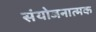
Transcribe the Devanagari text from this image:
संयोजनात्मक